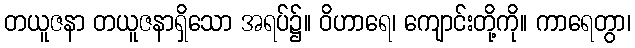
တယူဇနာ တယူဇနာရှိသော အရပ်၌။ ဝိဟာရေ၊ ကျောင်းတို့ကို။ ကာရေတွာ၊